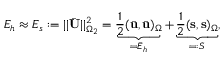
E _ { h } \approx E _ { s } : = | | \bar { \mathbf { U } } | | _ { \Omega _ { 2 } } ^ { 2 } = \underbrace { \frac { 1 } { 2 } ( \bar { \mathbf { u } } , \bar { \mathbf { u } } ) _ { \Omega } } _ { = \bar { E } _ { h } } + \underbrace { \frac { 1 } { 2 } ( \mathbf { s } , \mathbf { s } ) _ { \Omega } } _ { = : S } ,